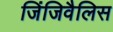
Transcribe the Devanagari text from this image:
जिंजिवैलिस